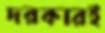
দরকারই